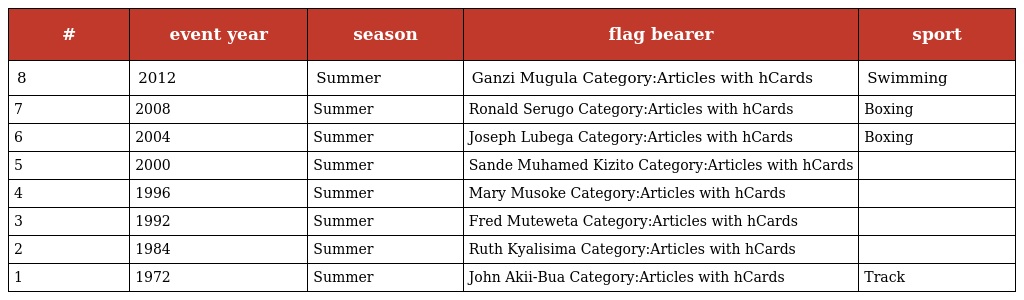
| # | event year | season | flag bearer | sport |
 | --- | --- | --- | --- | --- |
 | 8 | 2012 | Summer | Ganzi Mugula Category:Articles with hCards | Swimming |
 | 7 | 2008 | Summer | Ronald Serugo Category:Articles with hCards | Boxing |
 | 6 | 2004 | Summer | Joseph Lubega Category:Articles with hCards | Boxing |
 | 5 | 2000 | Summer | Sande Muhamed Kizito Category:Articles with hCards |  |
 | 4 | 1996 | Summer | Mary Musoke Category:Articles with hCards |  |
 | 3 | 1992 | Summer | Fred Muteweta Category:Articles with hCards |  |
 | 2 | 1984 | Summer | Ruth Kyalisima Category:Articles with hCards |  |
 | 1 | 1972 | Summer | John Akii-Bua Category:Articles with hCards | Track |